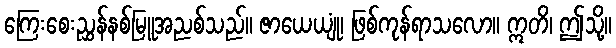
ကြေးစေးညွှန်နစ်မြူအညစ်သည်။ ဇာယေယျုံ၊ ဖြစ်ကုန်ရာသလော။ ဣတိ၊ ဤသို့။